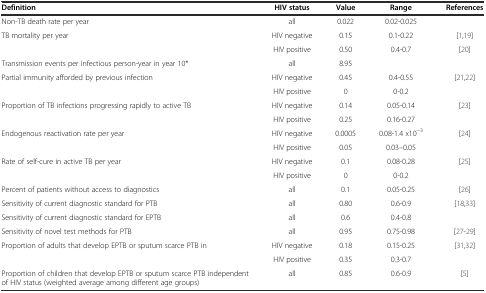
| Definition | HIV status | Value | Range | References |
 | --- | --- | --- | --- | --- |
 | Non-TB death rate per year | all | 0.022 | 0.02-0.025 |  |
 | TB mortality per year | HIV negative | 0.15 | 0.1-0.22 | [1, 19] |
 |  | HIV positive | 0.50 | 0.4-0.7 | [20] |
 | Transmission events per infectious person-year in year 10* | all | 8.95 |  |  |
 | Partial immunity afforded by previous infection | HIV negative | 0.45 | 0.4-0.55 | [21, 22] |
 |  | HIV positive | 0 | 0-0.2 |  |
 | Proportion of TB infections progressing rapidly to active TB | HIV negative | 0.14 | 0.05-0.14 | [23] |
 |  | HIV positive | 0.25 | 0.16-0.27 |  |
 | Endogenous reactivation rate per year | HIV negative | 0.0005 | 0.08-1.4 x10−3 | <ROWSPAN=2> [24] |
 |  | HIV positive | 0.05 | 0.03–0.05 |
 | Rate of self-cure in active TB per year | HIV negative | 0.1 | 0.08-0.28 | [25] |
 |  | HIV positive | 0 | 0-0.2 |  |
 | Percent of patients without access to diagnostics | all | 0.1 | 0.05-0.25 | [26] |
 | Sensitivity of current diagnostic standard for PTB | all | 0.80 | 0.6-0.9 | [18, 33] |
 | Sensitivity of current diagnostic standard for EPTB | all | 0.6 | 0.4-0.8 |  |
 | Sensitivity of novel test methods for PTB | all | 0.95 | 0.75-0.98 | [27–29] |
 | Proportion of adults that develop EPTB or sputum scarce PTB in | HIV negative | 0.18 | 0.15-0.25 | [31, 32] |
 |  | HIV positive | 0.35 | 0.3-0.7 |  |
 | Proportion of children that develop EPTB or sputum scarce PTB independent of HIV status (weighted average among different age groups) | all | 0.85 | 0.6-0.9 | [5] |